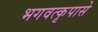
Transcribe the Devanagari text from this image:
भगवत्‍कृपासे